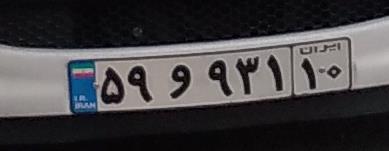
۵۹و۹۳۱۱۰